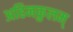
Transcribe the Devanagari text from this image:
अहिनकुलम्